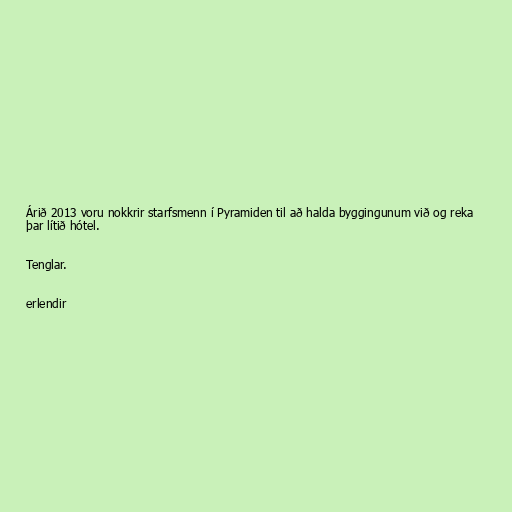
Árið 2013 voru nokkrir starfsmenn í Pyramiden til að halda byggingunum við og reka
þar lítið hótel.

Tenglar.

erlendir